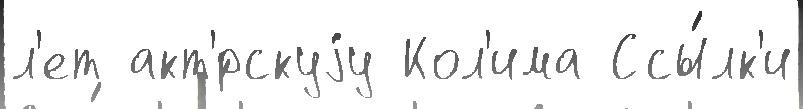
л'ет акт'́рскуjу Кол'има Ссы́лк'и